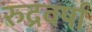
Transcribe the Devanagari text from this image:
रुद्रवर्षा